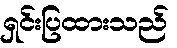
ရှင်းပြထားသည်